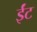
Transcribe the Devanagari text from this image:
र्इंट